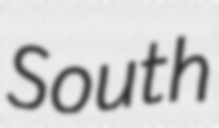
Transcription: South